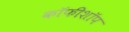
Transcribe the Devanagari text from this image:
कॉफीशॉप